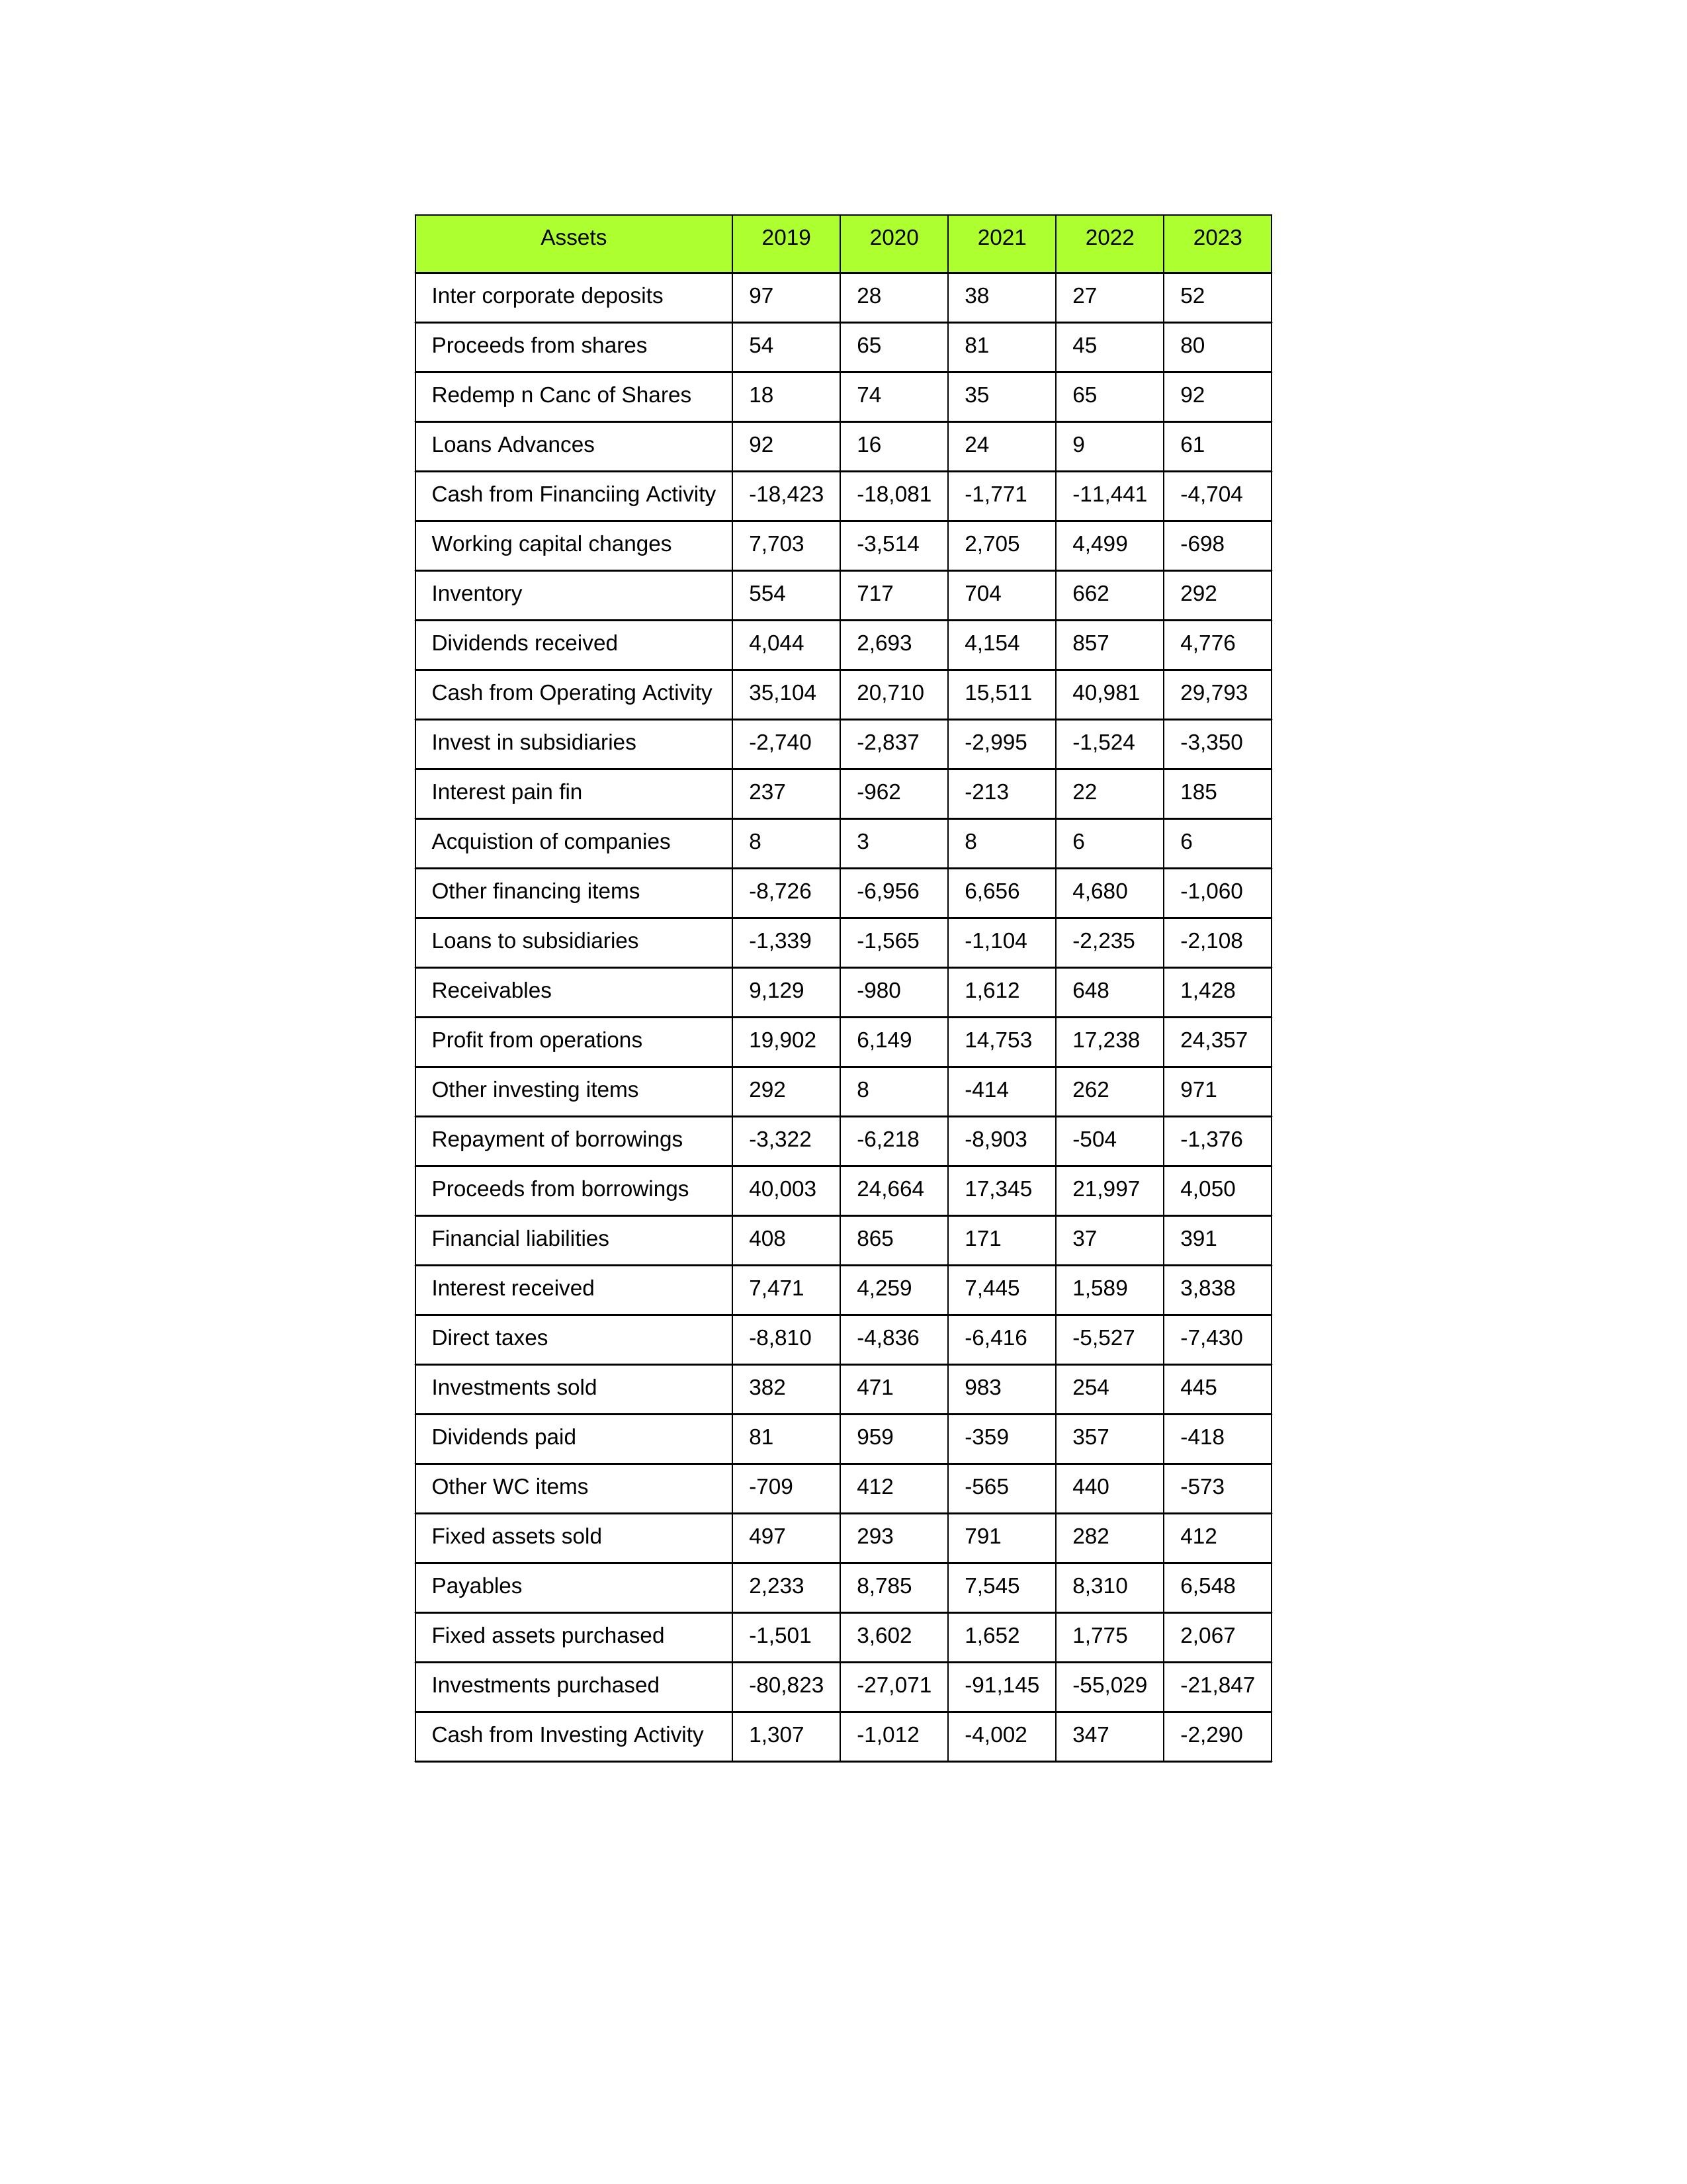
gt_parse: 2019: Cash from Operating Activity: 35,104
Profit from operations: 19,902
Receivables: 9,129
Inventory: 554
Payables: 2,233
Loans Advances: 92
Other WC items: -709
Working capital changes: 7,703
Direct taxes: -8,810
Cash from Investing Activity: 1,307
Fixed assets purchased: -1,501
Fixed assets sold: 497
Investments purchased: -80,823
Investments sold: 382
Interest received: 7,471
Dividends received: 4,044
Invest in subsidiaries: -2,740
Loans to subsidiaries: -1,339
Redemp n Canc of Shares: 18
Acquistion of companies: 8
Inter corporate deposits: 97
Other investing items: 292
Cash from Financiing Activity: -18,423
Proceeds from shares: 54
Proceeds from borrowings: 40,003
Repayment of borrowings: -3,322
Interest pain fin: 237
Dividends paid: 81
Financial liabilities: 408
Other financing items: -8,726
2020: Cash from Operating Activity: 20,710
Profit from operations: 6,149
Receivables: -980
Inventory: 717
Payables: 8,785
Loans Advances: 16
Other WC items: 412
Working capital changes: -3,514
Direct taxes: -4,836
Cash from Investing Activity: -1,012
Fixed assets purchased: 3,602
Fixed assets sold: 293
Investments purchased: -27,071
Investments sold: 471
Interest received: 4,259
Dividends received: 2,693
Invest in subsidiaries: -2,837
Loans to subsidiaries: -1,565
Redemp n Canc of Shares: 74
Acquistion of companies: 3
Inter corporate deposits: 28
Other investing items: 8
Cash from Financiing Activity: -18,081
Proceeds from shares: 65
Proceeds from borrowings: 24,664
Repayment of borrowings: -6,218
Interest pain fin: -962
Dividends paid: 959
Financial liabilities: 865
Other financing items: -6,956
2021: Cash from Operating Activity: 15,511
Profit from operations: 14,753
Receivables: 1,612
Inventory: 704
Payables: 7,545
Loans Advances: 24
Other WC items: -565
Working capital changes: 2,705
Direct taxes: -6,416
Cash from Investing Activity: -4,002
Fixed assets purchased: 1,652
Fixed assets sold: 791
Investments purchased: -91,145
Investments sold: 983
Interest received: 7,445
Dividends received: 4,154
Invest in subsidiaries: -2,995
Loans to subsidiaries: -1,104
Redemp n Canc of Shares: 35
Acquistion of companies: 8
Inter corporate deposits: 38
Other investing items: -414
Cash from Financiing Activity: -1,771
Proceeds from shares: 81
Proceeds from borrowings: 17,345
Repayment of borrowings: -8,903
Interest pain fin: -213
Dividends paid: -359
Financial liabilities: 171
Other financing items: 6,656
2022: Cash from Operating Activity: 40,981
Profit from operations: 17,238
Receivables: 648
Inventory: 662
Payables: 8,310
Loans Advances: 9
Other WC items: 440
Working capital changes: 4,499
Direct taxes: -5,527
Cash from Investing Activity: 347
Fixed assets purchased: 1,775
Fixed assets sold: 282
Investments purchased: -55,029
Investments sold: 254
Interest received: 1,589
Dividends received: 857
Invest in subsidiaries: -1,524
Loans to subsidiaries: -2,235
Redemp n Canc of Shares: 65
Acquistion of companies: 6
Inter corporate deposits: 27
Other investing items: 262
Cash from Financiing Activity: -11,441
Proceeds from shares: 45
Proceeds from borrowings: 21,997
Repayment of borrowings: -504
Interest pain fin: 22
Dividends paid: 357
Financial liabilities: 37
Other financing items: 4,680
2023: Cash from Operating Activity: 29,793
Profit from operations: 24,357
Receivables: 1,428
Inventory: 292
Payables: 6,548
Loans Advances: 61
Other WC items: -573
Working capital changes: -698
Direct taxes: -7,430
Cash from Investing Activity: -2,290
Fixed assets purchased: 2,067
Fixed assets sold: 412
Investments purchased: -21,847
Investments sold: 445
Interest received: 3,838
Dividends received: 4,776
Invest in subsidiaries: -3,350
Loans to subsidiaries: -2,108
Redemp n Canc of Shares: 92
Acquistion of companies: 6
Inter corporate deposits: 52
Other investing items: 971
Cash from Financiing Activity: -4,704
Proceeds from shares: 80
Proceeds from borrowings: 4,050
Repayment of borrowings: -1,376
Interest pain fin: 185
Dividends paid: -418
Financial liabilities: 391
Other financing items: -1,060